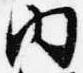
内